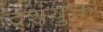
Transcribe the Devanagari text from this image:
दंशयुक्त